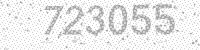
Solution: 723055